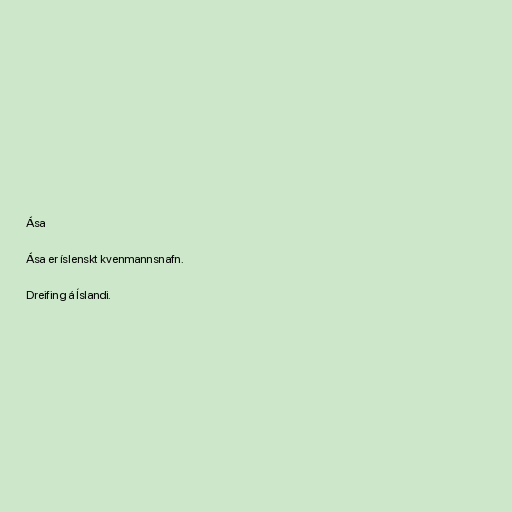
Ása

Ása er íslenskt kvenmannsnafn.

Dreifing á Íslandi.